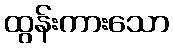
ထွန်းကားသော